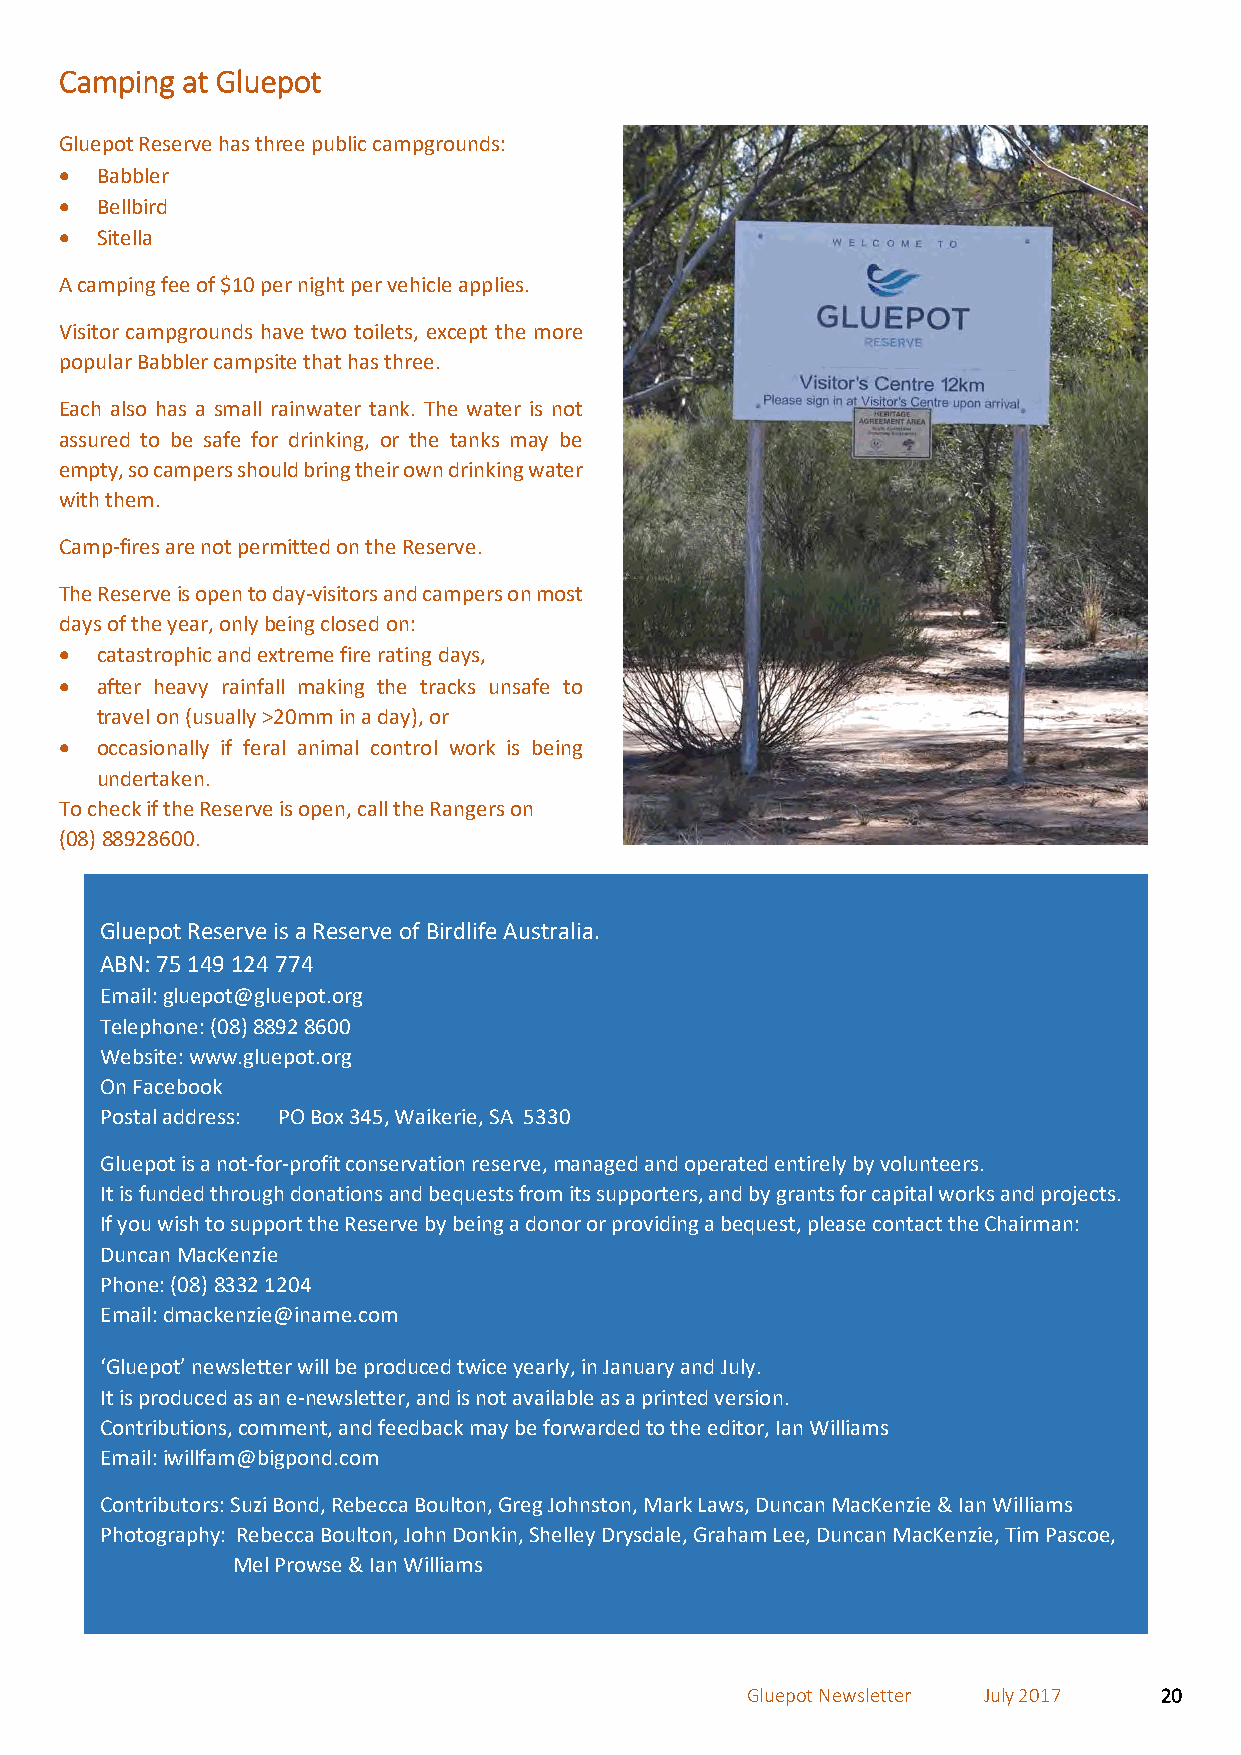
Camping at Gluepot
 Gluepot Reserve has three public campgrounds:
 • Babbler
 • Bellbird
 • Sitella
 A camping fee of $10 per night per vehicle applies.
 Visitor campgrounds have two toilets, except the more
 popular Babbler campsite that has three.
 Each also has a small rainwater tank. The water is not
 assured to be safe for drinking, or the tanks may be
 empty, so campers should bring their own drinking water
 with them.
 Camp-fires are not permitted on the Reserve.
 The Reserve is open to day-visitors and campers on most
 days of the year, only being closed on:
 • catastrophic and extreme fire rating days,
 • after heavy rainfall making the tracks unsafe to
 travel on (usually >20mm in a day), or
 • occasionally if feral animal control work is being
 undertaken.
 To check if the Reserve is open, call the Rangers on
 (08) 88928600.
 Gluepot Reserve is a Reserve of Birdlife Australia.
 ABN: 75 149 124 774
 Email: gluepot@gluepot.org
 Telephone: (08) 8892 8600
 Website: www.gluepot.org
 On Facebook
 Postal address: PO Box 345, Waikerie, SA 5330
 Gluepot is a not-for-profit conservation reserve, managed and operated entirely by volunteers.
 It is funded through donations and bequests from its supporters, and by grants for capital works and projects.
 If you wish to support the Reserve by being a donor or providing a bequest, please contact the Chairman:
 Duncan MacKenzie
 Phone: (08) 8332 1204
 Email: dmackenzie@iname.com
 ‘Gluepot’ newsletter will be produced twice yearly, in January and July.
 It is produced as an e-newsletter, and is not available as a printed version.
 Contributions, comment, and feedback may be forwarded to the editor, Ian Williams
 Email: iwillfam@bigpond.com
 Contributors: Suzi Bond, Rebecca Boulton, Greg Johnston, Mark Laws, Duncan MacKenzie & Ian Williams
 Photography: Rebecca Boulton, John Donkin, Shelley Drysdale, Graham Lee, Duncan MacKenzie, Tim Pascoe,
 Mel Prowse & Ian Williams
 Gluepot Newsletter July 2017 20